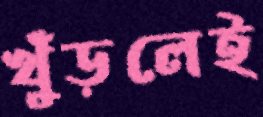
খুঁড়লেই